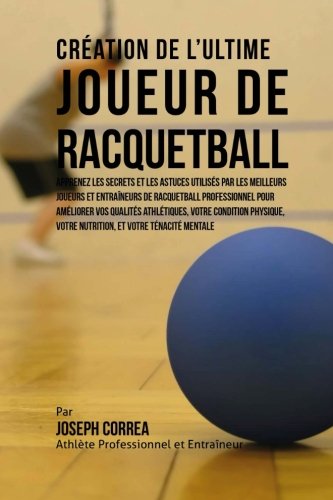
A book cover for Creation de l'Ultime Joueur de Racquetball: Apprenez les secrets et les astuces utilises par les meilleurs joueurs et entraineurs de Racquetball ... et votre Tenacite Mentale (French Edition); Joseph Correa (Athlete Professionnel et Entraineur); Sports & Outdoors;